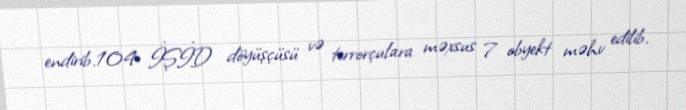
endirib.104 İŞİD döyüşçüsü və terrorçulara məxsus 7 obyekt məhv edilib.